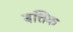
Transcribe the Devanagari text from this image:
बत्तिक